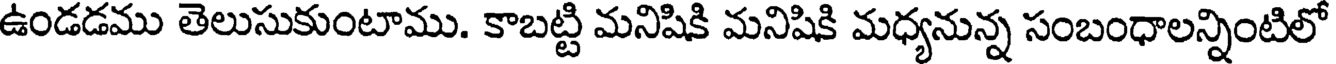
ఉండడము తెలుసుకుంటాము. కాబట్టి మనిషికి మనిషికి మధ్యనున్న సంబంధాలన్నింటిలో